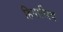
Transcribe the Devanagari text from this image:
हिपालिव